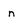
Character: n